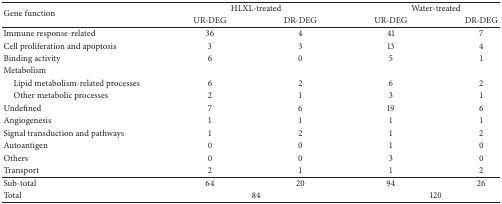
<table><thead><tr><td rowspan="2"><b>Gene function</b></td><td colspan="2"><b>HLXL-treated</b></td><td colspan="2"><b>Water-treated</b></td></tr><tr><td><b>UR-DEG</b></td><td><b>DR-DEG</b></td><td><b>UR-DEG</b></td><td><b>DR-DEG</b></td></tr></thead><tbody><tr><td>Immune response-related</td><td>36</td><td>4</td><td>41</td><td>7</td></tr><tr><td>Cell proliferation and apoptosis</td><td>3</td><td>3</td><td>13</td><td>4</td></tr><tr><td>Binding activity</td><td>6</td><td>0</td><td>5</td><td>1</td></tr><tr><td>Metabolism</td><td> </td><td> </td><td> </td><td> </td></tr><tr><td> Lipid metabolism-related processes</td><td>6</td><td>2</td><td>6</td><td>2</td></tr><tr><td> Other metabolic processes</td><td>2</td><td>1</td><td>3</td><td>1</td></tr><tr><td>Undefined</td><td>7</td><td>6</td><td>19</td><td>6</td></tr><tr><td>Angiogenesis</td><td>1</td><td>1</td><td>1</td><td>1</td></tr><tr><td>Signal transduction and pathways</td><td>1</td><td>2</td><td>1</td><td>2</td></tr><tr><td>Autoantigen</td><td>0</td><td>0</td><td>1</td><td>0</td></tr><tr><td>Others</td><td>0</td><td>0</td><td>3</td><td>0</td></tr><tr><td>Transport</td><td>2</td><td>1</td><td>1</td><td>2</td></tr><tr><td>Sub-total</td><td>64</td><td>20</td><td>94</td><td>26</td></tr><tr><td>Total</td><td colspan="2">84</td><td colspan="2">120</td></tr></tbody></table>